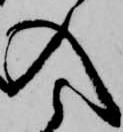
入